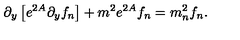
\partial _ { y } \left[ e ^ { 2 A } \partial _ { y } f _ { n } \right] + m ^ { 2 } e ^ { 2 A } f _ { n } = m _ { n } ^ { 2 } f _ { n } .